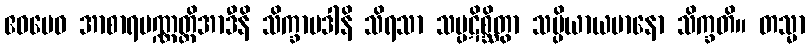
ဧဝမေဝ အာစာရပဏ္ဏတ္တိအာဒီနိ သိက္ခာပဒါနိ သိရသာ သမ္ပဋိစ္ဆိတွာ သမ္ပိယာယမာနော သိက္ခတိ။ တသ္မာ